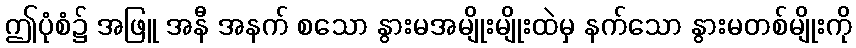
ဤပုံစံ၌ အဖြူ အနီ အနက် စသော နွားမအမျိုးမျိုးထဲမှ နက်သော နွားမတစ်မျိုးကို